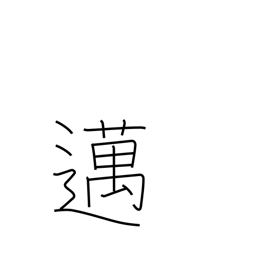
Meaning: go